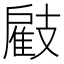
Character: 𢻠